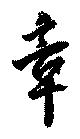
章